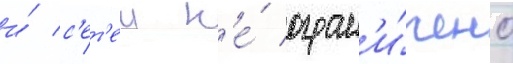
и́ с'ет'еи н'е́ огран'и́чено